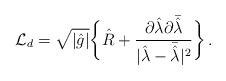
LaTeX: \begin{align*}{\cal L}_d = \sqrt{|\hat g|} \bigg\{ {\hat R} + {{\partial {\hat \lambda} \partial \bar {\hat \lambda}}\over |{\hat \lambda} - \bar {\hat \lambda}|^2 } \bigg\} \, .\end{align*}